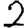
Digit: 2